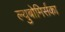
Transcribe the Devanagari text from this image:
ल्युबोमिर्सका